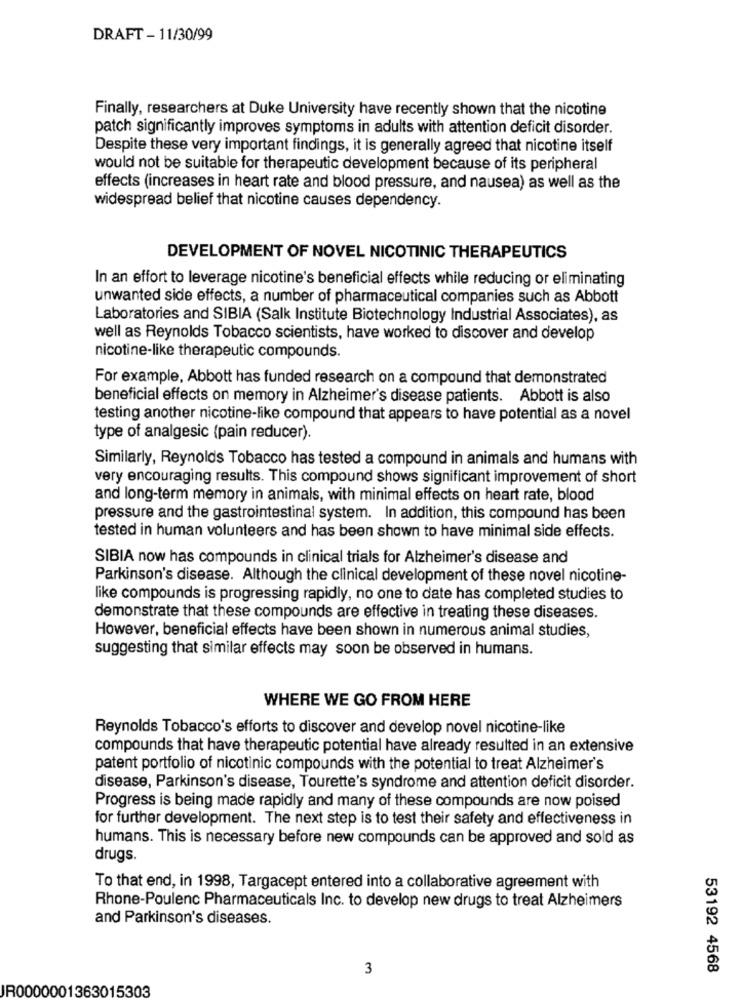
DRAFT - 11/30/99
Finally, researchers at Duke University have recently shown that the nicotine
patch significantly improves symptoms in adults with attention deficit disorder.
Despite these very important findings, it is generally agreed that nicotine itself
would not be suitable for therapeutic development because of its peripheral
effects (increases in heart rate and blood pressure, and nausea) as well as the
widespread belief that nicotine causes dependency.
DEVELOPMENT OF NOVEL NICOTINIC THERAPEUTICS
In an effort to leverage nicotine's beneficial effects while reducing or eliminating
unwanted side effects, a number of pharmaceutical companies such as Abbott
Laboratories and SIBIA (Salk Institute Biotechnology Industrial Associates), as
well as Reynolds Tobacco scientists, have worked to discover and develop
nicotine-like therapeutic compounds.
For example, Abbott has funded research on a compound that demonstrated
beneficial effects on memory in Alzheimer's disease patients. Abbott is also
testing another nicotine-like compound that appears to have potential as a novel
type of analgesic (pain reducer).
Similarly, Reynolds Tobacco has tested a compound in animals and humans with
very encouraging results. This compound shows significant improvement of short
and long-term memory in animals, with minimal effects on heart rate, blood
pressure and the gastrointestinal system. In addition, this compound has been
tested in human volunteers and has been shown to have minimal side effects.
SIBIA now has compounds in clinical trials for Alzheimer's disease and
Parkinson's disease. Although the clinical development of these novel nicotine-
like compounds is progressing rapidly, no one to date has completed studies to
demonstrate that these compounds are effective in treating these diseases.
However, beneficial effects have been shown in numerous animal studies,
suggesting that similar effects may soon be observed in humans.
WHERE WE GO FROM HERE
Reynolds Tobacco's efforts to discover and develop novel nicotine-like
compounds that have therapeutic potential have already resulted in an extensive
patent portfolio of nicotinic compounds with the potential to treat Alzheimer's
disease, Parkinson's disease, Tourette's syndrome and attention deficit disorder.
Progress is being made rapidly and many of these compounds are now poised
for further development. The next step is to test their safety and effectiveness in
humans. This is necessary before new compounds can be approved and sold as
drugs.
To that end, in 1998, Targacept entered into a collaborative agreement with
Rhone-Poulenc Pharmaceuticals Inc. to develop new drugs to treat Alzheimers
and Parkinson's diseases.
3
53192 4568
R0000001363015303